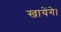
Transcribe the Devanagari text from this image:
खायेंगे।